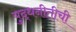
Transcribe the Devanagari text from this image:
युद्धनीतीची